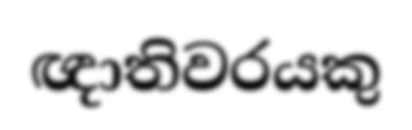
ඥාතිවරයකු